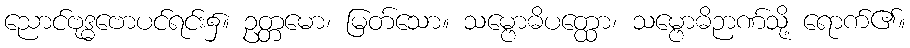
ညောင်ဗုဒ္ဓဗောပင်ရင်း၌။ ဥတ္တမော၊ မြတ်သော။ သမ္ဗောဓိပတ္ထော၊ သမ္ဗောဓိဉာဏ်သို့ ရောက်၏။